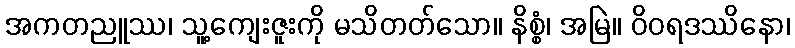
အကတညူဿ၊ သူ့ကျေးဇူးကို မသိတတ်သော။ နိစ္စံ၊ အမြဲ။ ဝိဝရဒဿိနော၊